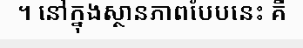
។ នៅក្នុងស្ថានភាពបែបនេះ គឺ